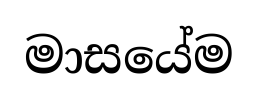
මාසයේම